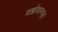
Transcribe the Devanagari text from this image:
वर्झावामधून